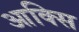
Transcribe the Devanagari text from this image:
आक्सि